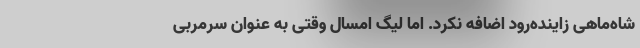
شاه‌ماهی زاینده‌رود اضافه نکرد. اما لیگ امسال وقتی به عنوان سرمربی